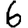
Digit: 6